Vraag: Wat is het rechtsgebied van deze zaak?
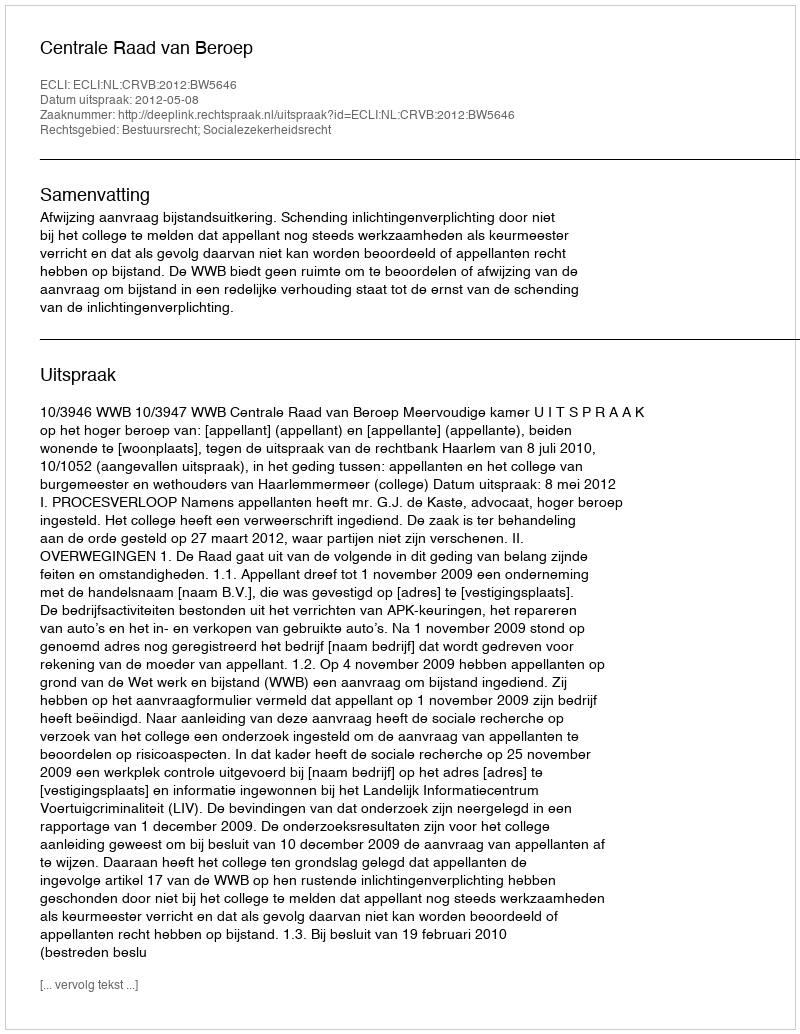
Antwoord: Bestuursrecht; Socialezekerheidsrecht